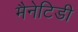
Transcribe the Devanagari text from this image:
मैनेटिडी